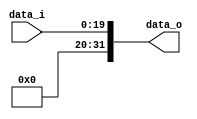
module Sign_Extend_20to32(data_i, data_o);
  input[19:0] data_i;
  output[31:0] data_o;
  assign data_o[19:0] = data_i;
  assign data_o[31:20] = 12'b0;

endmodule